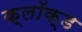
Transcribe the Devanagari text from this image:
क्लॉक्ड